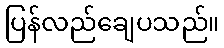
ပြန်လည်ချေပသည်။